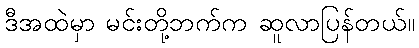
ဒီအထဲမှာ မင်းတို့ဘက်က ဆူလာပြန်တယ်။